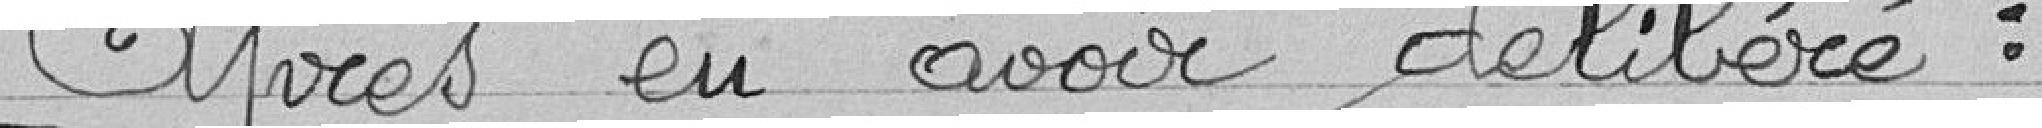
Après eu avoir délibéré :